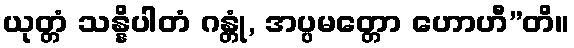
ယုတ္တံ သန္နိပါတံ ဂန္တုံ, အပ္ပမတ္တော ဟောဟီ”တိ။